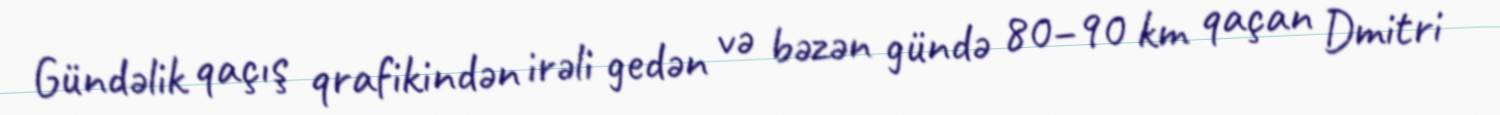
Gündəlik qaçış qrafikindən irəli gedən və bəzən gündə 80–90 km qaçan Dmitri